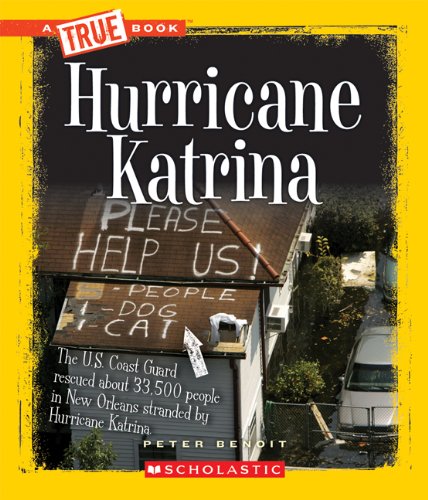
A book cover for Hurricane Katrina (True Books); Peter Benoit; Science & Math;